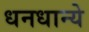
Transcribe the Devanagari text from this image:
धनधान्ये